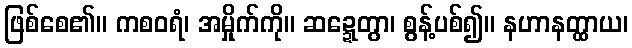
ဖြစ်စေ၏။ ကစဝရံ၊ အမှိုက်ကို။ ဆဍ္ဍေတွာ၊ စွန့်ပစ်၍။ နဟာနတ္ထာယ၊